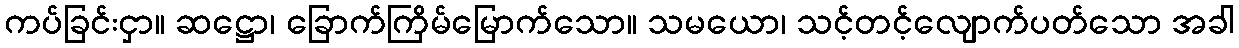
ကပ်ခြင်းငှာ။ ဆဋ္ဌော၊ ခြောက်ကြိမ်မြောက်သော။ သမယော၊ သင့်တင့်လျောက်ပတ်သော အခါ